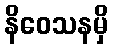
နိဝေသနမှိ